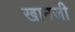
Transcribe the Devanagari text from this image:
खानजी